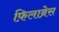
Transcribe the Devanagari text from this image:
फ़िलाब्रेस